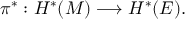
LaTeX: \pi ^ { * } : H ^ { * } ( M ) \longrightarrow H ^ { * } ( E ) .